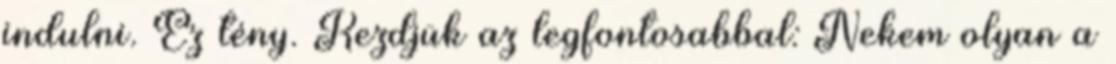
indulni. Ez tény. Kezdjük az legfontosabbal: Nekem olyan a